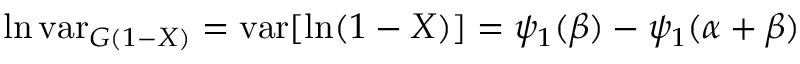
\ln \operatorname { v a r } _ { G ( 1 - X ) } = \operatorname { v a r } [ \ln ( 1 - X ) ] = \psi _ { 1 } ( \beta ) - \psi _ { 1 } ( \alpha + \beta )